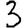
Digit: 3